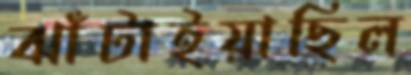
ঝাঁটাইয়াছিল